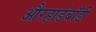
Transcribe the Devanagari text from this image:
औरहार्डबॉडी